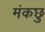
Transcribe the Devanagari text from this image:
मंकछु